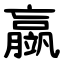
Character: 䇔